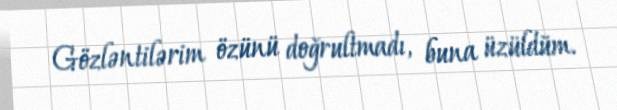
Gözləntilərim özünü doğrultmadı, buna üzüldüm.